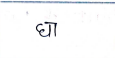
मजकूर: घा